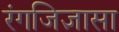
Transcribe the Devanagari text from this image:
रंगजिज्ञासा